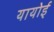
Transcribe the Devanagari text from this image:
यायोई